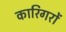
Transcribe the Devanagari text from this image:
कारिगरों